Burma Government Medical School reports 1923-41
Year: 1923
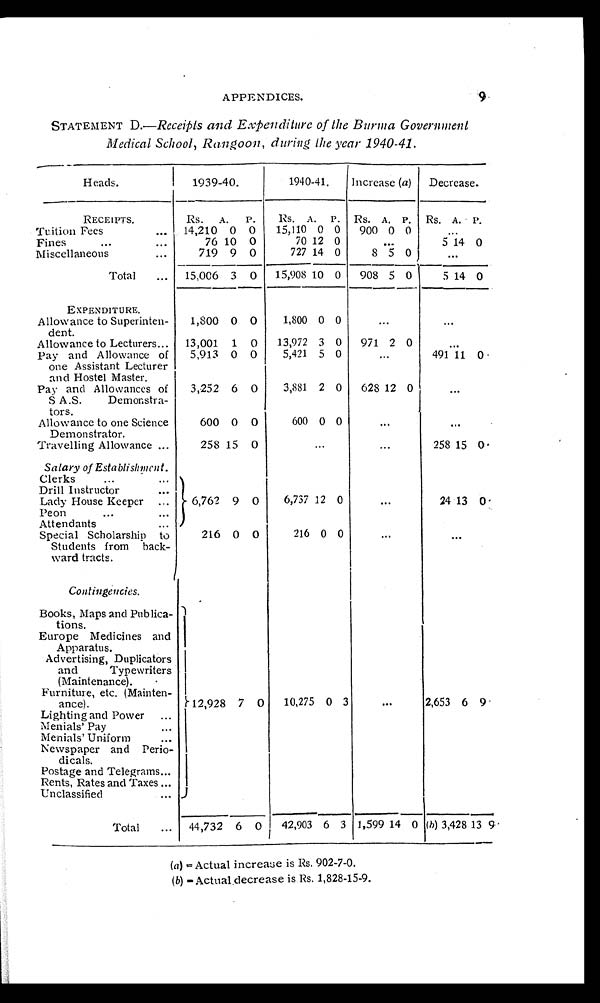
APPENDICES.
STATEMENT D.—Receipts and Expenditure of the Burma Government
Medical School, Rangoon, during the year 1940-41.
Heads.
1939-40.
1940-41. Increase (a) Decrease.
RECEIPTS.
Rs. A. P. Rs. A. P. Rs. A. P. Rs. A. P.
Tuition Fees
14,210 0 0 15,110 0 0 900 0 0
Fines
76 10 0
70 12 0
. . . ... ... 5 14 0
Miscellaneous
719 9 0
727 14 0
8 5 0
Total
15,006 3 0 15,908 10 0 908 5 0
5 14 0
EXPENDITURE.
Allowance to Superinten-
dent.
1,800 0 0
1,800 0 0
Allowance to Lecturers
13,001 1 0 13,972 3 0 971 2 0
Pay and Allowance of
one Assistant Lecturer
and Hostel Master.
5,913 0 0 5,421 5 0
491 11 0
Pay and Allowances of
S A.S. Demonstra-
tors.
3,252 6 0
3,881 2 0 628 12 0
Allowance to one Science
Demonstrator.
600 0 0
600 0 0
Travelling Allowance
258 15 0
258 15 0
Salary of Establishment. C l e r k s
Drill Instructor
Lady House Keeper
6,762 9 0
6,737 12 0
24 13 0
Peon
Attendants
Special Scholarship to
Students from back-
ward tracts.
216 0 0
216 0 0
Contingencies.
Books, Maps and Publica-
tions.
12,928 7 0 10,275 0 3
2,653 6 9
Europe Medicines and
Apparatus.
Advertising, Duplicators
and Typewriters
(Maintenance).
Furniture, etc. (Mainten-
ance).
Lighting and Power
Menials' Pay
Menials' Uniform
Newspaper and Perio-
dicals.
Postage and Telegrams
Rents, Rates and Taxes
Unclassified
Total
44,732 6 0 42,903 6 3 1,599 14 0 (b) 3,428 1 3 9
(a)= Actual increase is Rs. 902-7-0.
(b)
= A c t u a l
.d
e c r e a s e i s R s . 1 , 8 2 8 - 1 5 - 9 .